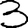
Digit: 3